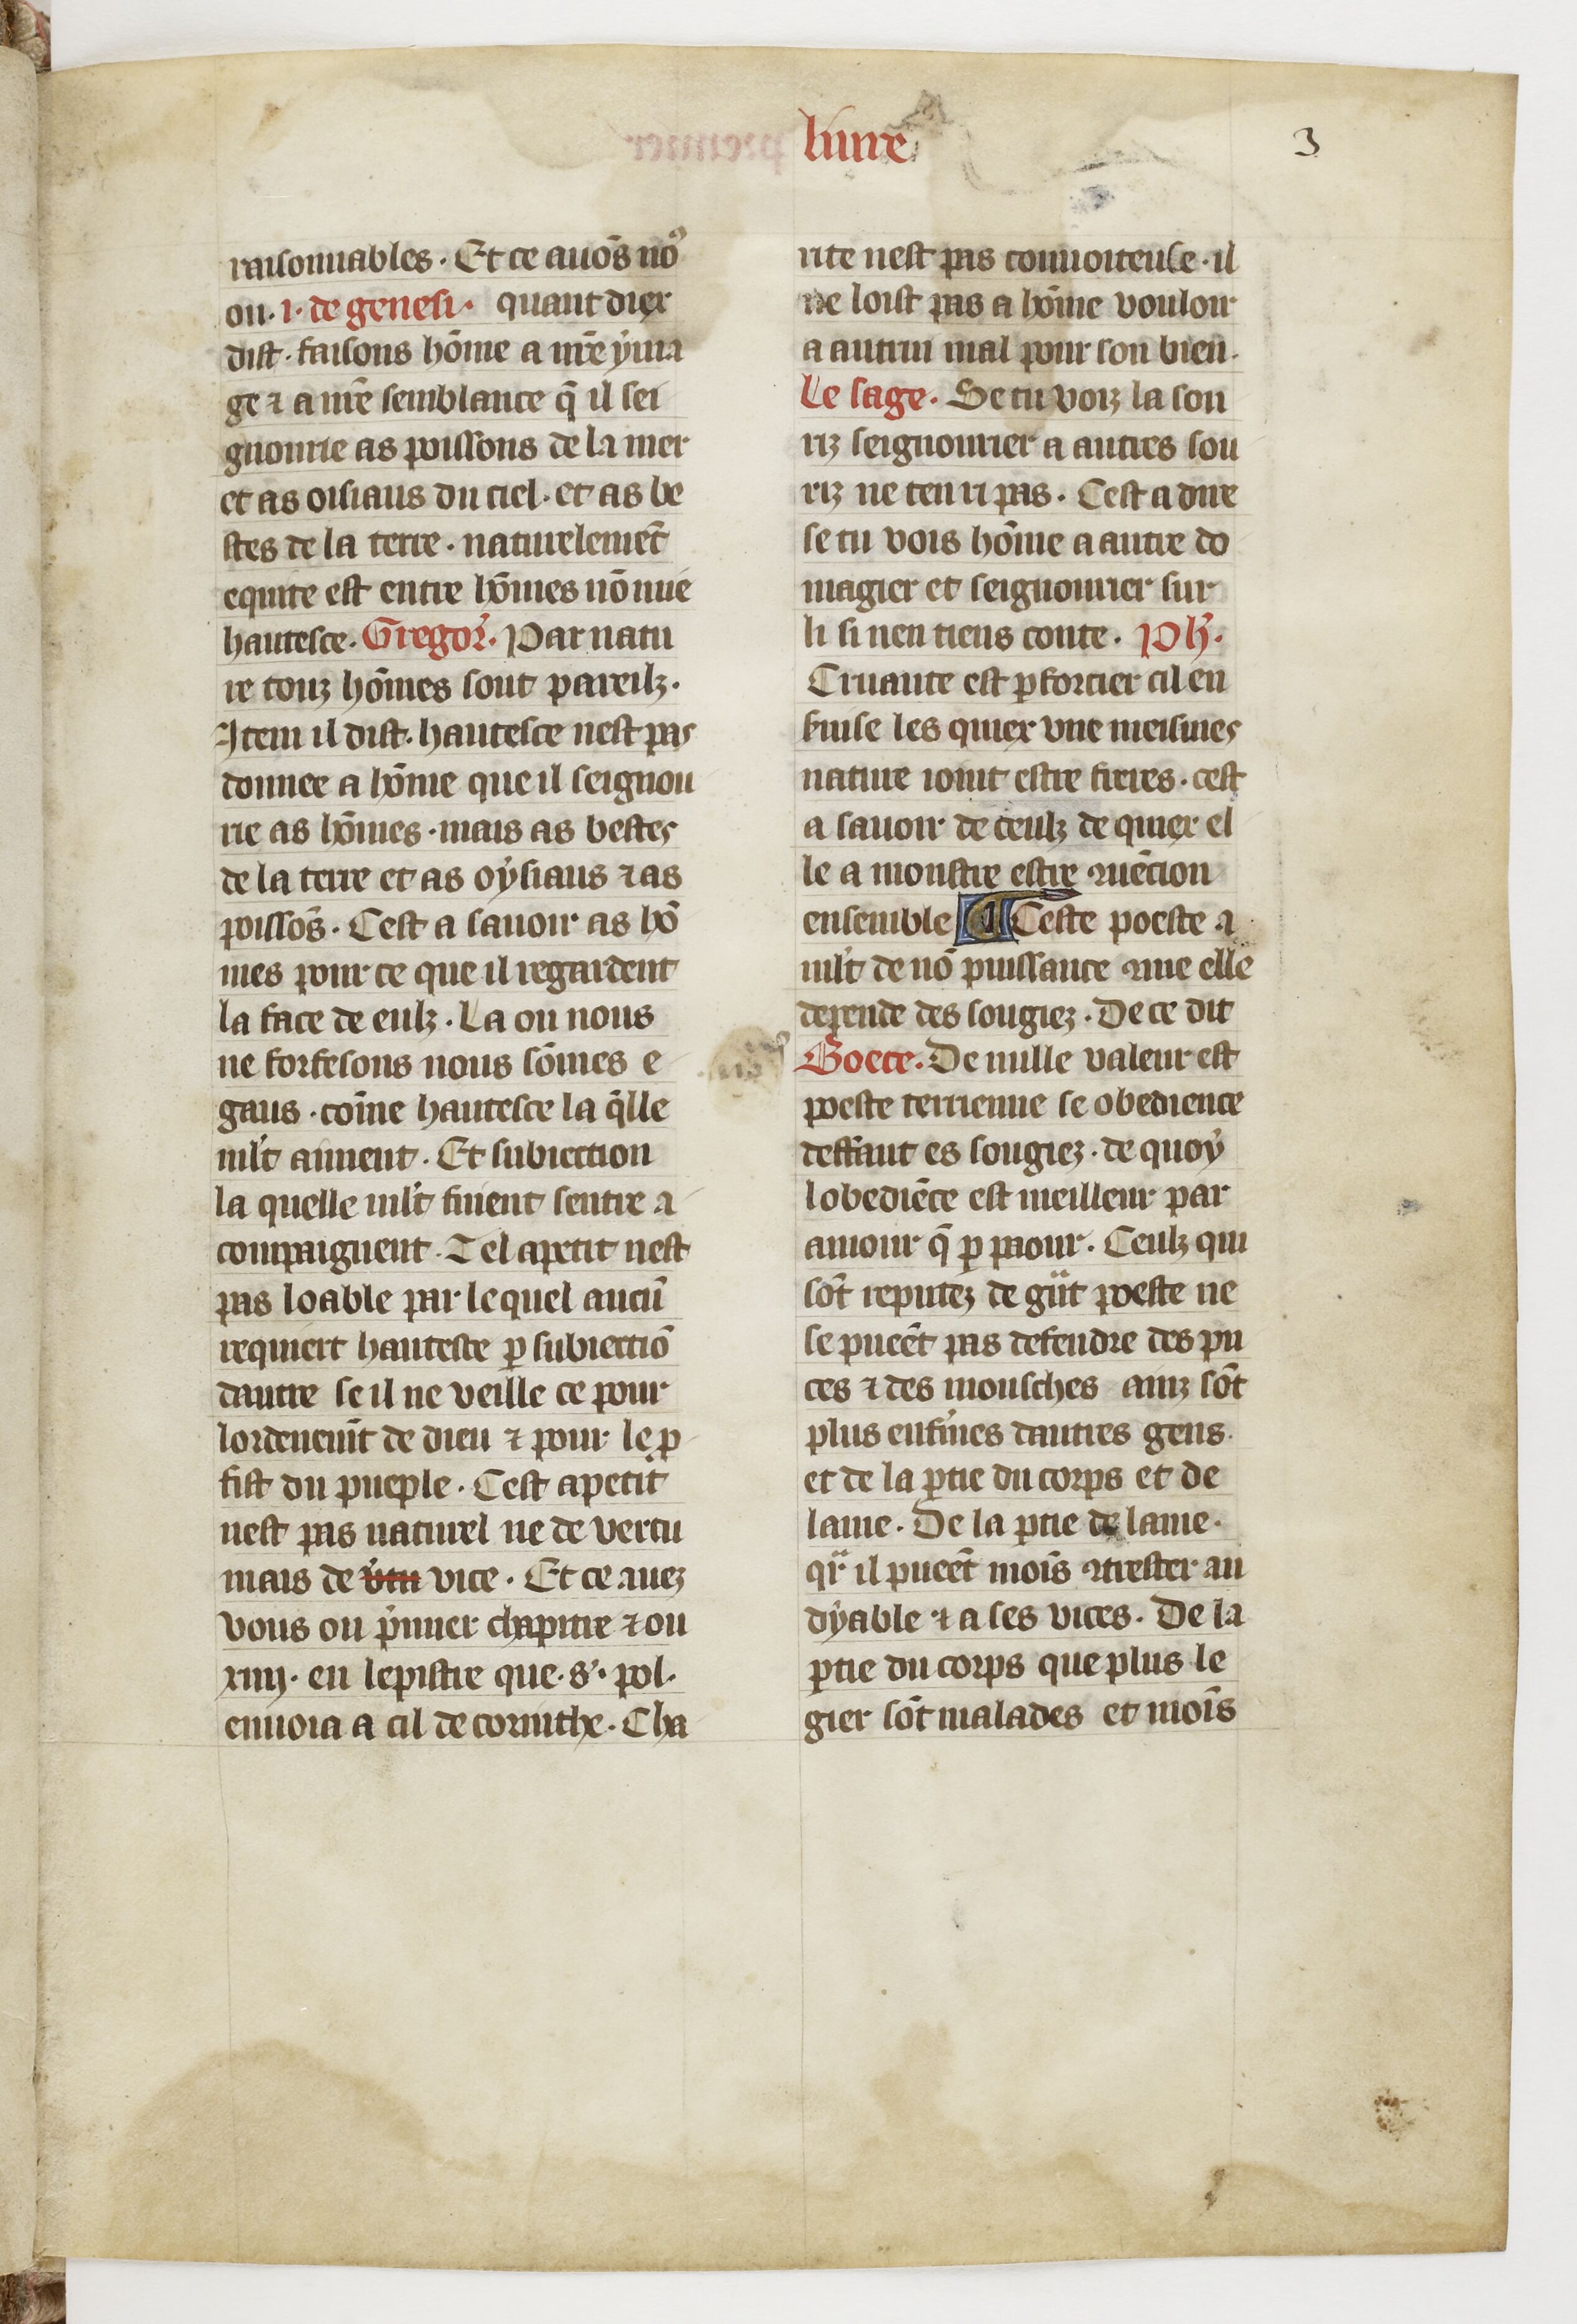
Shelfmark: Paris, BnF, fr. 1728
Century: 14